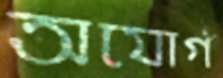
অযোগ